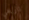
تاريخي